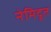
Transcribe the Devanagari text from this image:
नेमिदूत